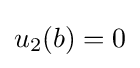
u_{2}(b)=0